system: You are a helpful assistant.
user:
Analyze the provided spectrum to determine if it is a **Carbon Star (C-type)**.

- **Key Visual Indicators of Carbon Star:**
    - **(Primary):** Strong molecular absorption from **C₂ (diatomic carbon) "Swan Bands."** This is the **defining feature** of a carbon star.
        - **(Key Bandheads):** Sharp absorption edges are visible at approximately $5635$ Å, $5165$ Å (the strongest band), and $4737$ Å.
        - **(Line Profile):** Creates a distinct **"saw-tooth"** pattern. The key morphology is a sharp, steep bandhead on the **red (long-wavelength) side**, which then gradually tapers off (i.e., flux recovers) towards the **blue (short-wavelength) side**. *(This is the direct opposite of the TiO bands seen in M-type stars)*.

    - **(Secondary):** Intense **CN (cyanogen)** molecular absorption bands.
        - **(Key Bandheads):** Located in the blue and violet regions of the spectrum (e.g., near $4215$ Å and $3883$ Å).
        - **(Morphology):** These bands are extremely broad and act as a "blanket," absorbing the vast majority of blue and violet light. This creates a characteristic **"cliff"** or **"steep drop-off"** in the spectrum's flux at short wavelengths.

    - **(Key Confirmation):** Strong **CH absorption band (G-band)**.
        - **(Key Bandhead):** Located around $4300$ Å. The contribution from CH molecules to this band is exceptionally strong.

    - **(Overall Spectrum):**
        - The continuum is severely "chopped up" by these deep molecular bands, especially C₂, rather than appearing as a smooth curve.
        - Due to the heavy CN and C₂ absorption in the blue-green, the vast majority of the star's flux is concentrated in the red part of the spectrum, giving the star its characteristic deep red color.

Think first, call **spectral_visualization_tool** if needed to examine features in detail, then provide your final answer. Your response must adhere to the following strict rules:
1.  **Overall Structure:** Your response must follow the format `<think>...</think> <tool_call>...</tool_call> (if a tool is used) <answer>...</answer>`.
2.  **Tool Usage Constraint:** You may only make **one** tool call per turn.
3.  **Final Answer Format:** In the `<answer>` tag, your conclusion must be inside a `\boxed{}` command (e.g., `\boxed{YES}`), followed by your justification.

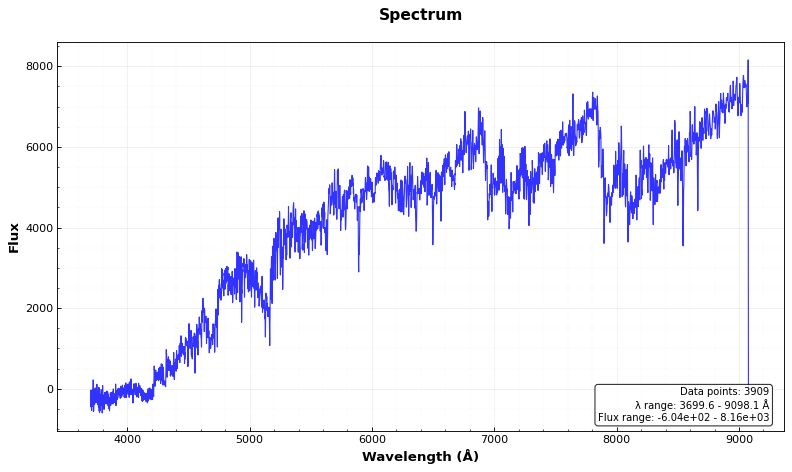
Answer: YES